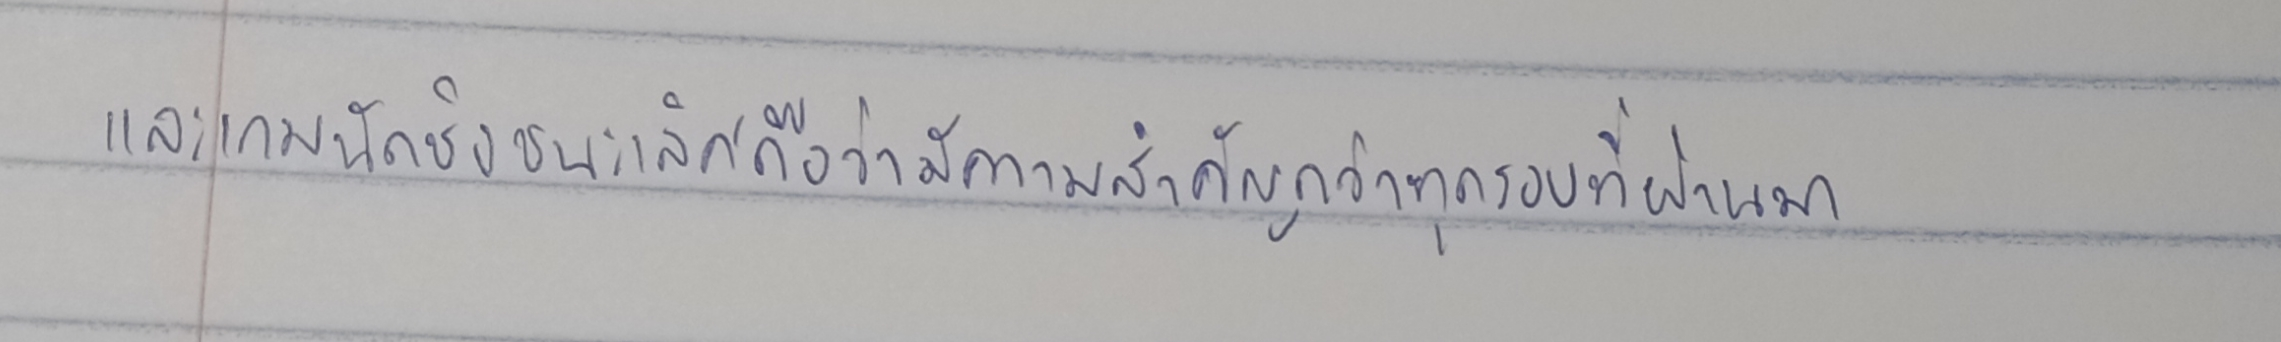
และเกมนัดชิงชนะเลิศถือว่ามีความสำคัญกว่าทุกรอบที่ผ่านมา